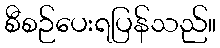
စီစဉ်ပေးရပြန်သည်။